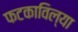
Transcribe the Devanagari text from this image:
फटकाविल्या